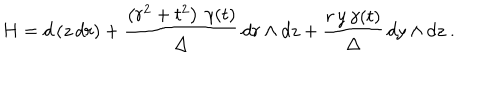
LaTeX: H = d \left( z \, d r \right) + \frac { \left( r ^ { 2 } + t ^ { 2 } \right) \, \gamma ( t ) } { \Delta } \, d r \wedge d z + \frac { r \, y \, \gamma ( t ) } { \Delta } \, d y \wedge d z \ .